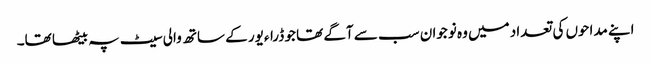
اپنے مداحوں کی تعداد میں وہ نوجوان سب سے آگے تھا جو ڈراءیور کے ساتھ والی سیٹ پہ بیٹھا تھا۔